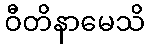
ဝီတိနာမေသိ